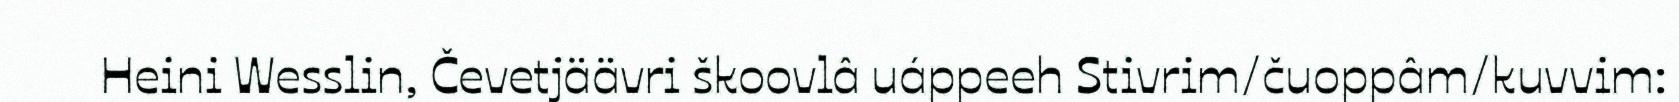
Heini Wesslin, Čevetjäävri škoovlâ uáppeeh Stivrim/čuoppâm/kuvvim: